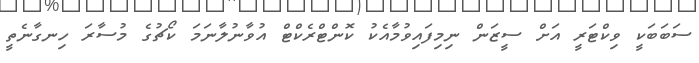
ސަބަބަކީ ވިކްޓަރީ އަށް ސީޒަން ނިމިފައިވުމާއެކު ކޮންޓްރެކްޓް އުވާނުލާނަމަ ކޯޗުގެ މުސާރަ ހިނގާނެތީ